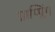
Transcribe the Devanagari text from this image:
ग्राप्प्लिंग